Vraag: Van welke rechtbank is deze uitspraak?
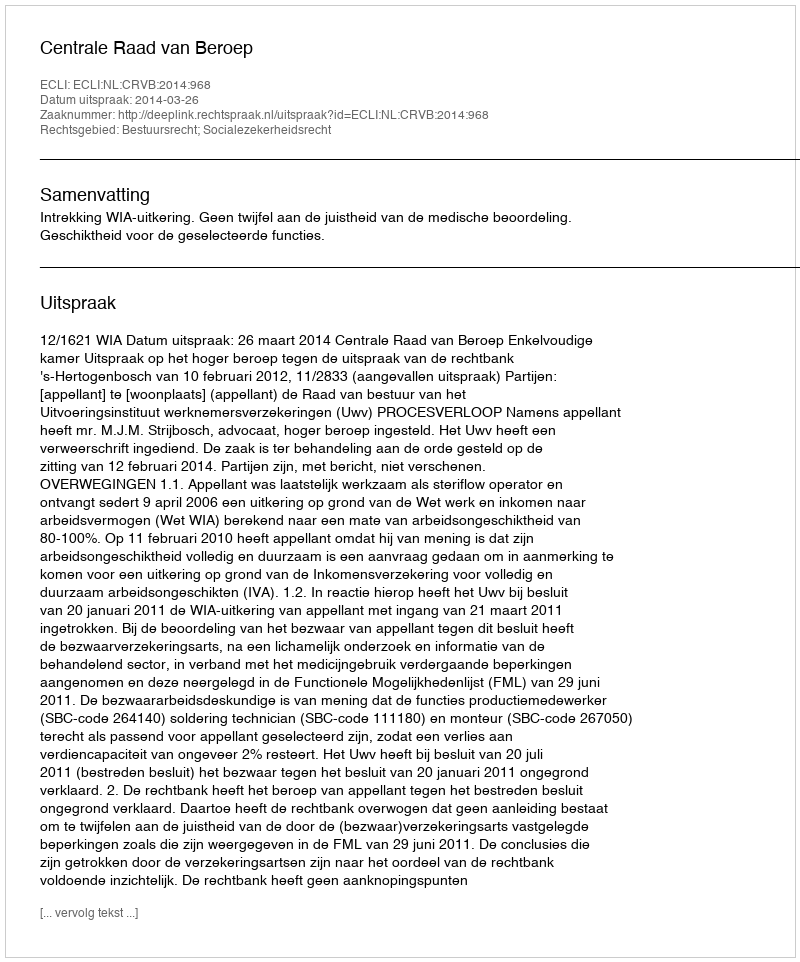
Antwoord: Centrale Raad van Beroep